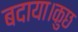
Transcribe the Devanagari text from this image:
बदाया।कुछ